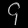
Digit: ၄